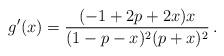
LaTeX: \begin{align*} g'(x) = \frac{(-1 + 2p + 2x)x}{(1-p-x)^2(p+x)^2}\,. \end{align*}